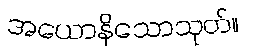
အယောနိသောသုတ်။